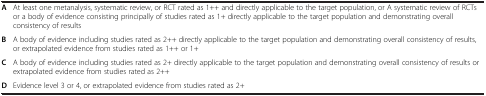
<table><thead><tr><td><b> </b></td><td><b> </b></td></tr></thead><tbody><tr><td><b>A</b></td><td>At least one metanalysis, systematic review, or RCT rated as 1++ and directly applicable to the target population, or A systematic review of RCTs or a body of evidence consisting principally of studies rated as 1+ directly applicable to the target population and demonstrating overall consistency of results</td></tr><tr><td><b>B</b></td><td>A body of evidence including studies rated as 2++ directly applicable to the target population and demonstrating overall consistency of results, or extrapolated evidence from studies rated as 1++ or 1+</td></tr><tr><td><b>C</b></td><td>A body of evidence including studies rated as 2+ directly applicable to the target population and demonstrating overall consistency of results or extrapolated evidence from studies rated as 2++</td></tr><tr><td><b>D</b></td><td>Evidence level 3 or 4, or extrapolated evidence from studies rated as 2+</td></tr></tbody></table>